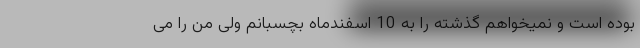
بوده است و نمیخواهم گذشته را به 10 اسفندماه بچسبانم ولی من را می